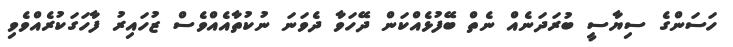
ހަސަންގެ ސިޔާސީ ބުރަދަނެއް ނެތް ބޭފުޅެއްކަން ދޭހަވާ ދެވަނަ ނުކުތާއެއްވެސް ޒުހައިރު ފާހަގަކުރެއްވެވި